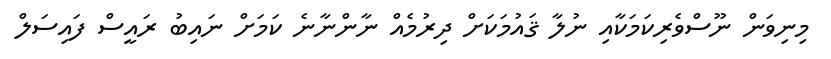
މިނިވަން ނޫސްވެރިކަމަކާއި ނުލާ ޤައުމަކަށް ދިރުމެއް ނާންނާނެ ކަމަށް ނައިބު ރައީސް ފައިސަލް